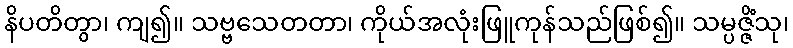
နိပတိတွာ၊ ကျ၍။ သဗ္ဗသေတတာ၊ ကိုယ်အလုံးဖြူကုန်သည်ဖြစ်၍။ သမ္ပဇ္ဇိံသု၊